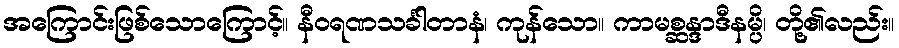
အကြောင်းဖြစ်သောကြောင့်။ နီဝရဏသင်္ခါတာနံ၊ ကုန်သော။ ကာမစ္ဆန္ဒာဒီနမ္ပိ၊ တို့၏လည်း။